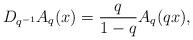
LaTeX: \begin{align*} D_{q^{-1}} A_q(x)= \frac{q}{1-q} A_q(qx),\end{align*}